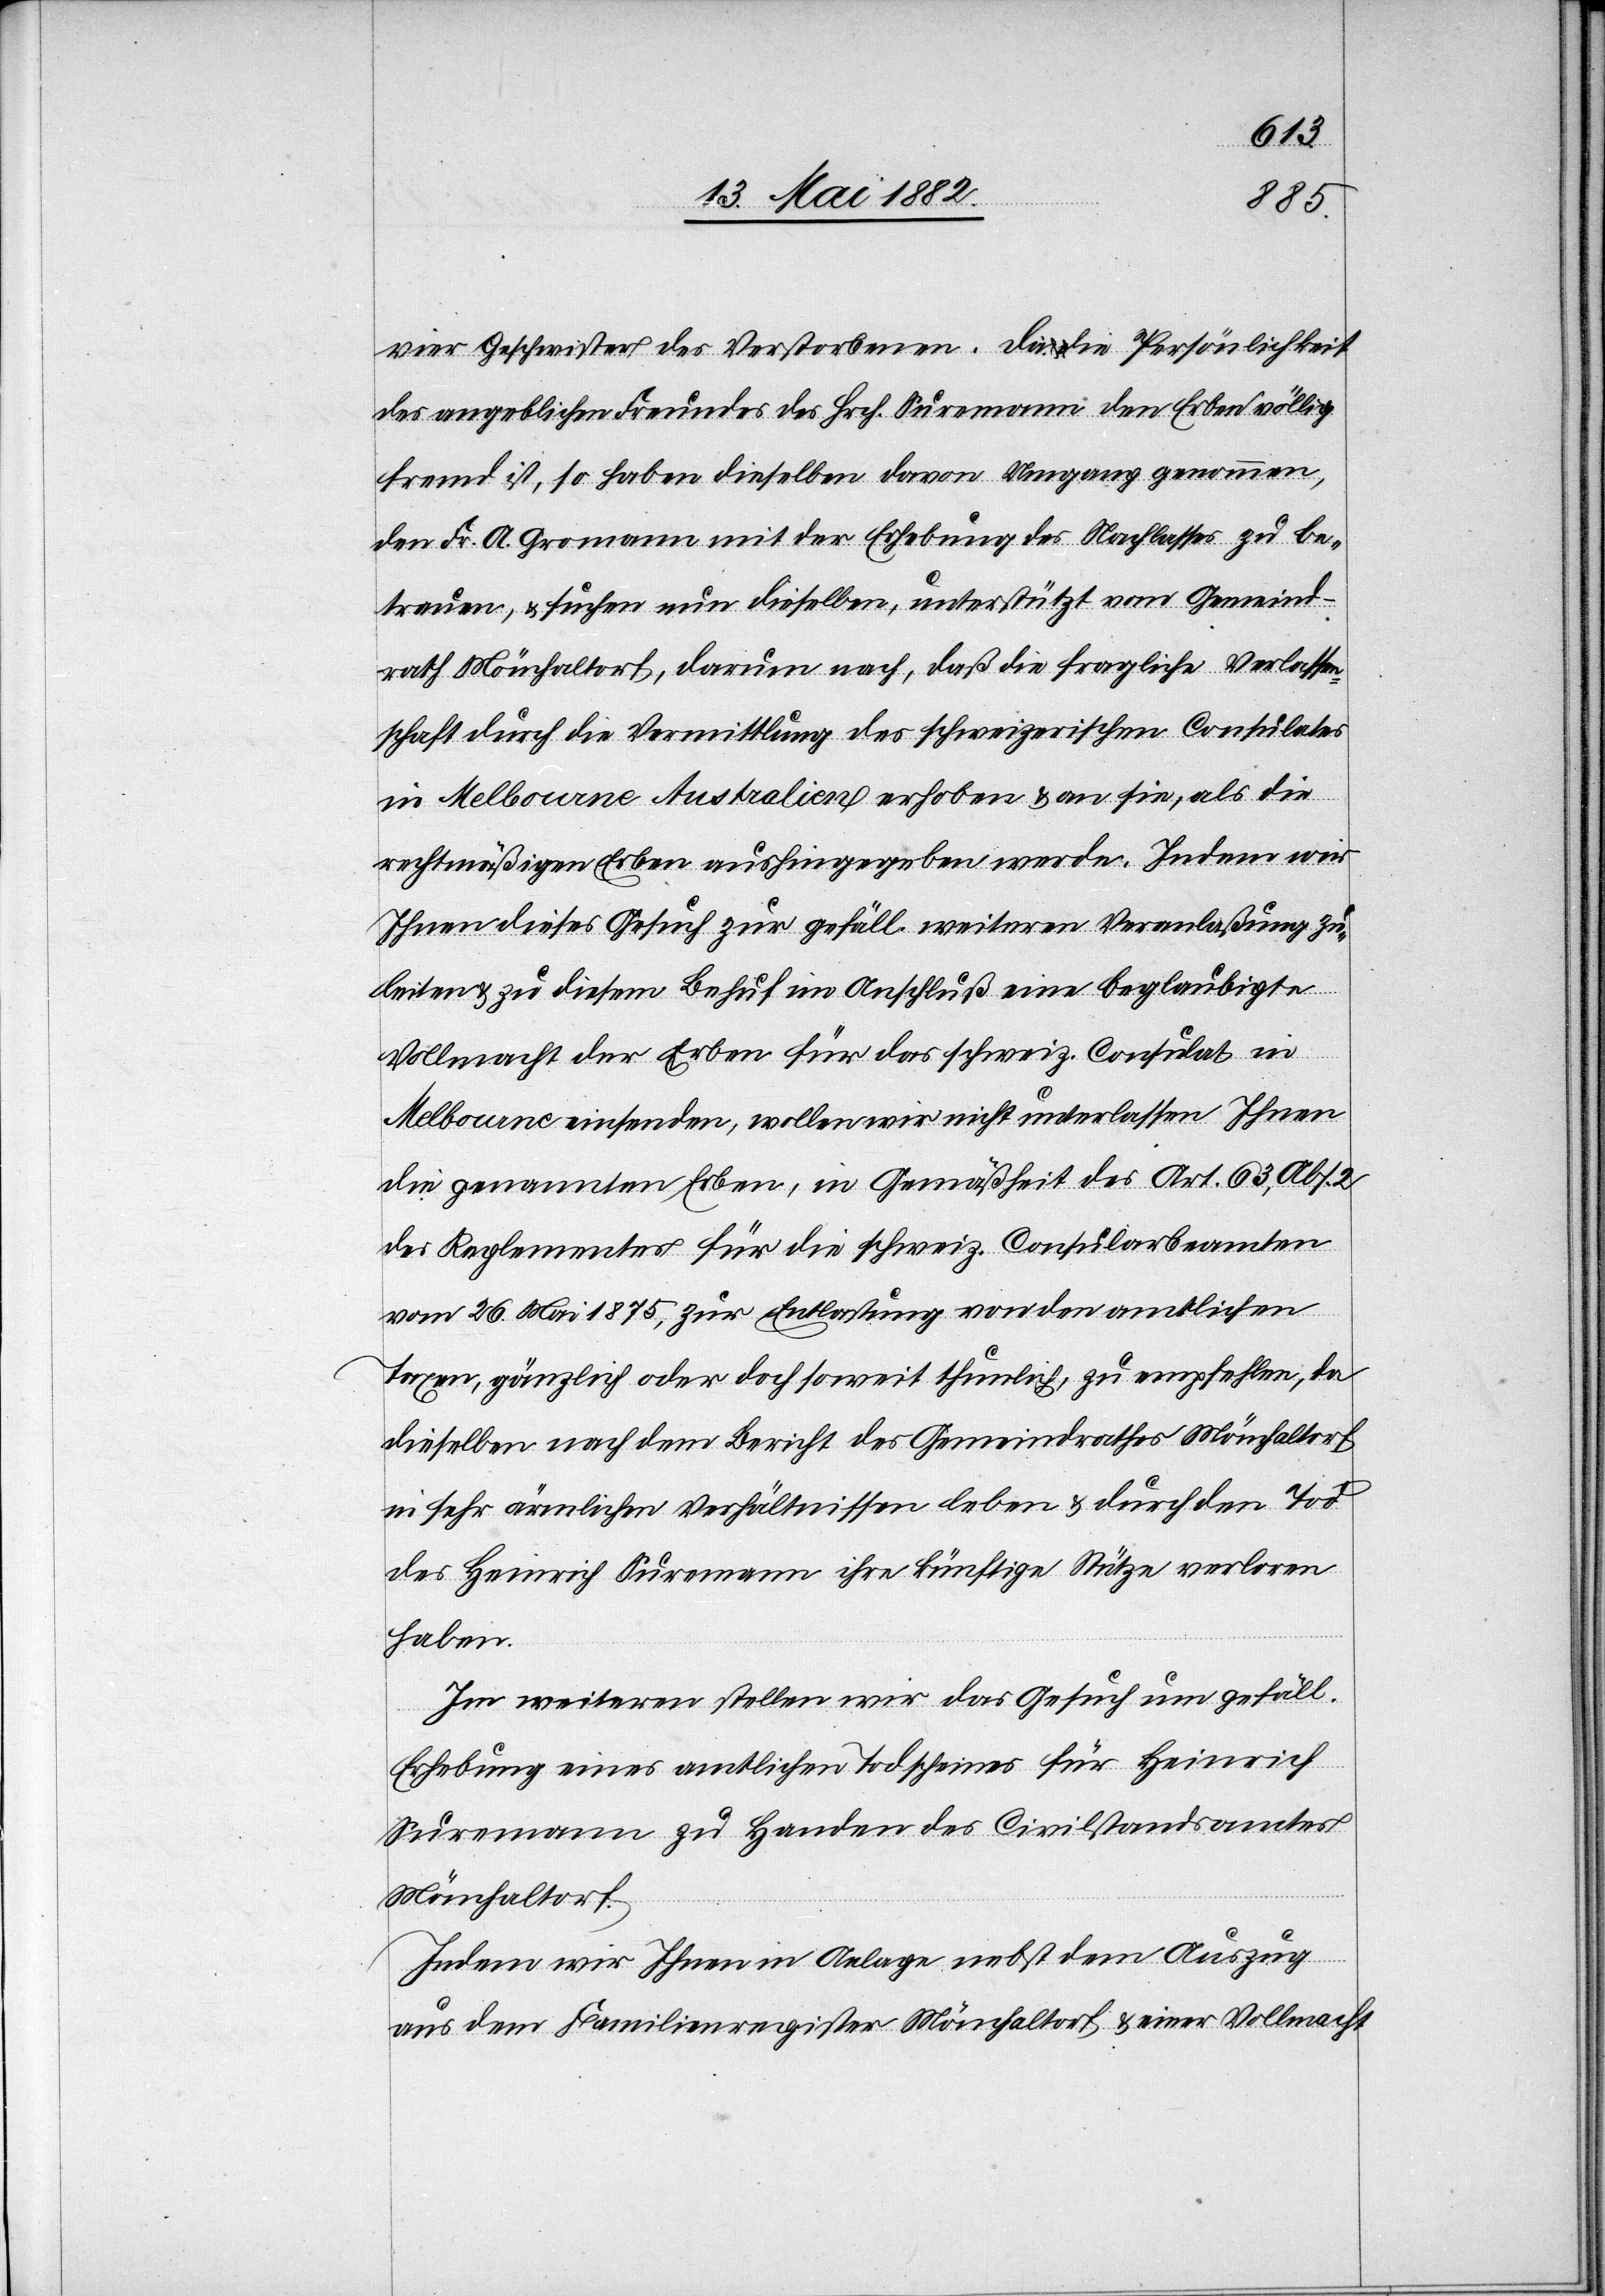
vier Geschwister des Verstorbenen. Da die Persönlichkeit
des angeblichen Freundes des Hrch. Suremann den Erben völlig
fremd ist, so haben dieselben davon Umgang genommen,
den Fr. A. Gromann mit der Erhebung des Nachlasses zu be¬
trauen, & suchen nun dieselben, unterstützt vom Gemeind¬
rath Mönchaltorf, darum nach, daß die fragliche Verlassen¬
schaft durch die Vermittlung des schweizerischen Consulates
in Melbourne [-] Australien erhoben & an sie, als die
rechtmäßigen Erben aushingegeben werde. Indem wir
Ihnen dieses Gesuch zur gefäll. weitern Veranlaßung zu¬
leiten & zu diesem Behuf im Anschluß eine beglaubigte
Vollmacht der Erben für das schweiz. Consulat in
Melbourne einsenden, wollen wir nicht unterlassen Ihnen
die genannten Erben, in Gemäßheit des Art. 63, Abs. 2
des Reglements für die schweiz. Consularbeamten
vom 26. Mai 1875, zur Entlastung von den amtlichen
Taxen, gänzlich oder doch soweit thunlich, zu empfehlen, da
dieselben nach dem Bericht des Gemeindrathes Mönchaltorf
in sehr ärmlichen Verhältnissen leben & durch den Tod
des Heinrich Suremann ihre künftige Stütze verloren
haben.
Im weiteren stellen wir das Gesuch um gefäll.
Erhebung eines amtlichen Todscheines für Heinrich
Suremann zu Handen des Civilstandsamtes
Mönchaltorf.
Indem wir Ihnen in Anlage nebst dem Auszug
aus dem Familienregister Mönchaltorf & einer Vollmacht